Annual report on the working of the lock hospitals in the North-Western Provinces and Oudh
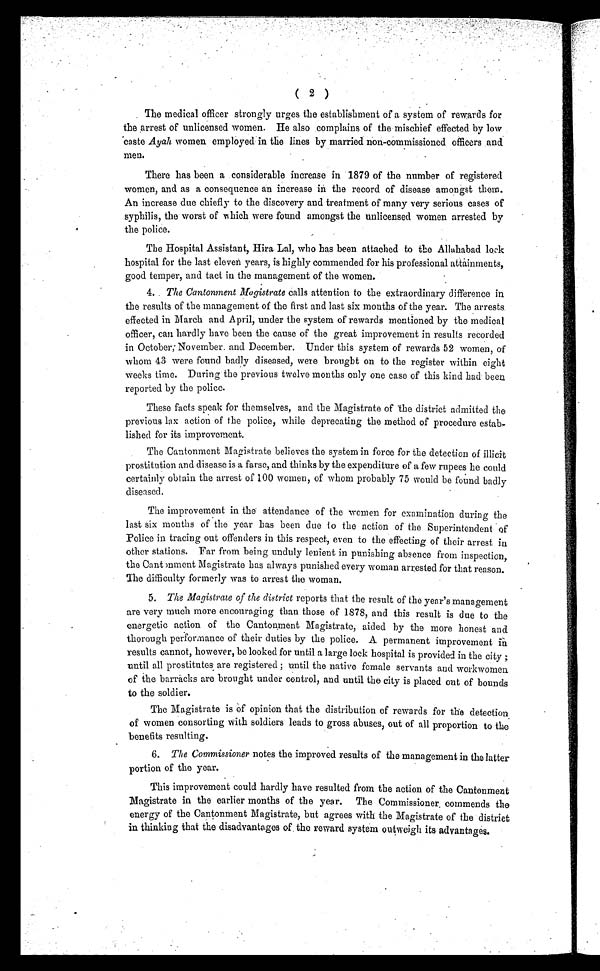
( 2 )
The medical officer strongly urges the establishment of a system of rewards for
the arrest of unlicensed women. He also complains of the mischief effected by low
caste Ayah women employed in the lines by married non-commissioned officers and
men.
There has been a considerable increase in 1879 of the number of registered
women, and as a consequence an increase in the record of disease amongst them.
An increase due chiefly to the discovery and treatment of many very serious cases of
syphilis, the worst of which were found amongst the unlicensed women arrested by
the police.
The Hospital Assistant, Hira Lal, who has been attached to the Allahabad lock
hospital for the last eleven years, is highly commended for his professional attainments,
good temper, and tact in the management of the women.
4. The Cantonment Magistrate calls attention to the extraordinary difference in
the results of the management of the first and last six months of the year. The arrests
effected in March and April, under the system of rewards mentioned by the medical
officer, can hardly have been the cause of the great improvement in results recorded
in October; November and December. Under this system of rewards 52 women, of
whom 43 were found badly diseased, were brought on to the register within eight
weeks time. During the previous twelve months only one case of this kind had been
reported by the police.
These facts speak for themselves, and the Magistrate of the district admitted the
previous lax action of the police, while deprecating the method of procedure estab
lished for its improvement.
The Cantonment Magistrate believes the system in force for the detection of illicit
prostitution and disease is a farse, and thinks by the expenditure of a few rupees he could
certainly obtain the arrest of 100 women, of whom probably 75 would be found badly
diseased.
The improvement in the attendance of the women for examination during the
last six months of the year has been due to the action of the Superintendent of
Police in tracing out offenders in this respect, even to the effecting of their arrest in
other stations. Far from being unduly lenient in punishing absence from inspection,
the Cantonment Magistrate has always punished every woman arrested for that reason.
The difficulty formerly was to arrest the woman.
5. The Magistrate of the district reports that the result of the year's management
are very much more encouraging than those of 1878, and this result is due to the
energetic action of the Cantonment Magistrate, aided by the more honest and
thorough performance of their duties by the police. A permanent improvement in
results cannot, however, be looked for until a large lock hospital is provided in the city ;
until all prostitutes are registered ; until the native female servants and workwomen
of the barracks are brought under control, and until the city is placed out of bounds
to the soldier.
The Magistrate is of opinion that the distribution of rewards for the detection
of women consorting with soldiers leads to gross abuses, out of all proportion to the
benefits resulting.
6. The Commissioner notes the improved results of the management in the latter
portion of the year.
This improvement could hardly have resulted from the action of the Cantonment
Magistrate in the earlier months of the year. The Commissioner commends the
energy of the Cantonment Magistrate, but agrees with the Magistrate of the district
in thinking that the disadvantages of the reward system outweigh its advantages.